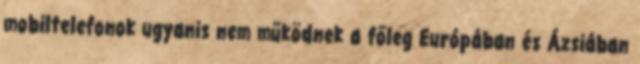
mobiltelefonok ugyanis nem működnek a főleg Európában és Ázsiában